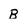
Character: b